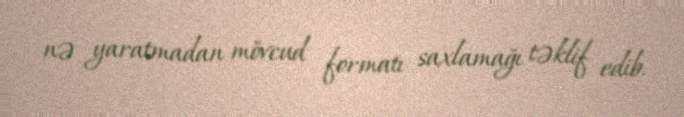
nə yaratmadan mövcud formatı saxlamağı təklif edib.